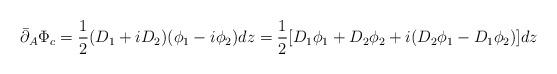
LaTeX: \begin{align*}\bar\partial_{A}\Phi_{c} = \frac{1}{2}(D_{1}+iD_{2})(\phi_{1}-i\phi_{2})dz = \frac{1}{2}[D_{1}\phi_{1} +D_{2}\phi_{2} +i(D_{2}\phi_{1} - D_{1}\phi_{2})]dz \end{align*}